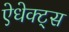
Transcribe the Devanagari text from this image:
ऐधेक्ट्स